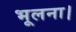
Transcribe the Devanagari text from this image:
भूलना।